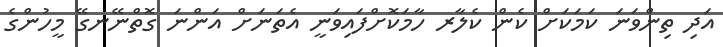
އަދި ތިންވަނަ ކަމަކަށް ކެން ކެލާރ ހާމަކޮށްފައިވަނީ އެތަނަށް އަންނަ ގޮތްނޭނގޭ މީހުންގެ